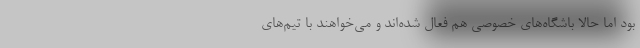
بود اما حالا باشگاه‌های خصوصی هم فعال شده‌اند و می‌خواهند با تیم‌های